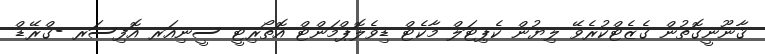
ޤާނޫނީގޮތުން ގެޒެޓްކުރެވޭ ލިޔުން ކެޕިޓަލް މާކެޓް ޑިވެލޮޕްމަންޓް އޮތޯރިޓީ ސީނިއަރ އޮފިސަރ -ގްރޭޑް